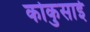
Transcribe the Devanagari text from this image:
कोकुसाई